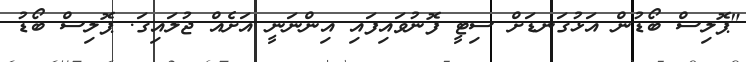
"ޕޮލިސް ބޯޑުން އަޅުގަނޑަށް ސިޓީ ފޮނުވައިފައި އިންނަނީ އަށެއް ޖުލައިގަ. ޕޮލިސް ބޯޑު